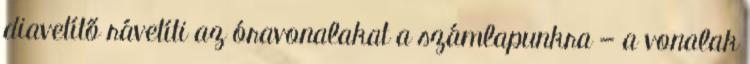
diavetítő rávetíti az óravonalakat a számlapunkra — a vonalak